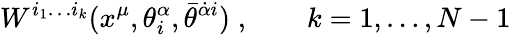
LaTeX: W^{i_{1}\ldots i_{k}}(x^{\mu},\theta_{i}^{\alpha},\bar{\theta}^{\dot{\alpha}i})\; ,\qquad k=1,\ldots,N-1